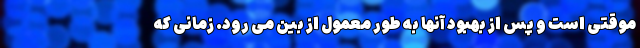
موقتی است و پس از بهبود آنها به طور معمول از بین می رود. زمانی که